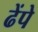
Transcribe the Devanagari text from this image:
ढेंपे